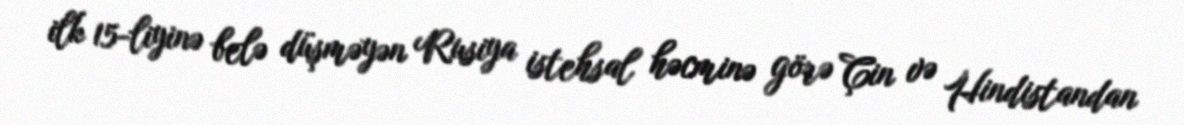
ilk 15-liyinə belə düşməyən Rusiya istehsal həcminə görə Çin və Hindistandan